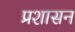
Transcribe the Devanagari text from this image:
प्रशासन